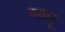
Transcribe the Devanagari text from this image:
नग़लू